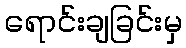
ရောင်းချခြင်းမှ